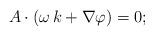
LaTeX: \begin{align*}A\cdot(\omega\,k+\nabla \varphi)=0;\end{align*}